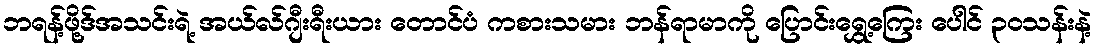
ဘရန့်ဖို့ဒ်အသင်းရဲ့ အယ်လ်ဂျီးရီးယား တောင်ပံ ကစားသမား ဘန်ရာမာကို ပြောင်းရွှေ့ကြေး ပေါင် ၃၀သန်းနဲ့